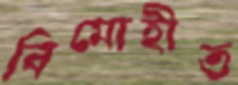
বিমোহীত